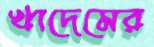
খাদেমের